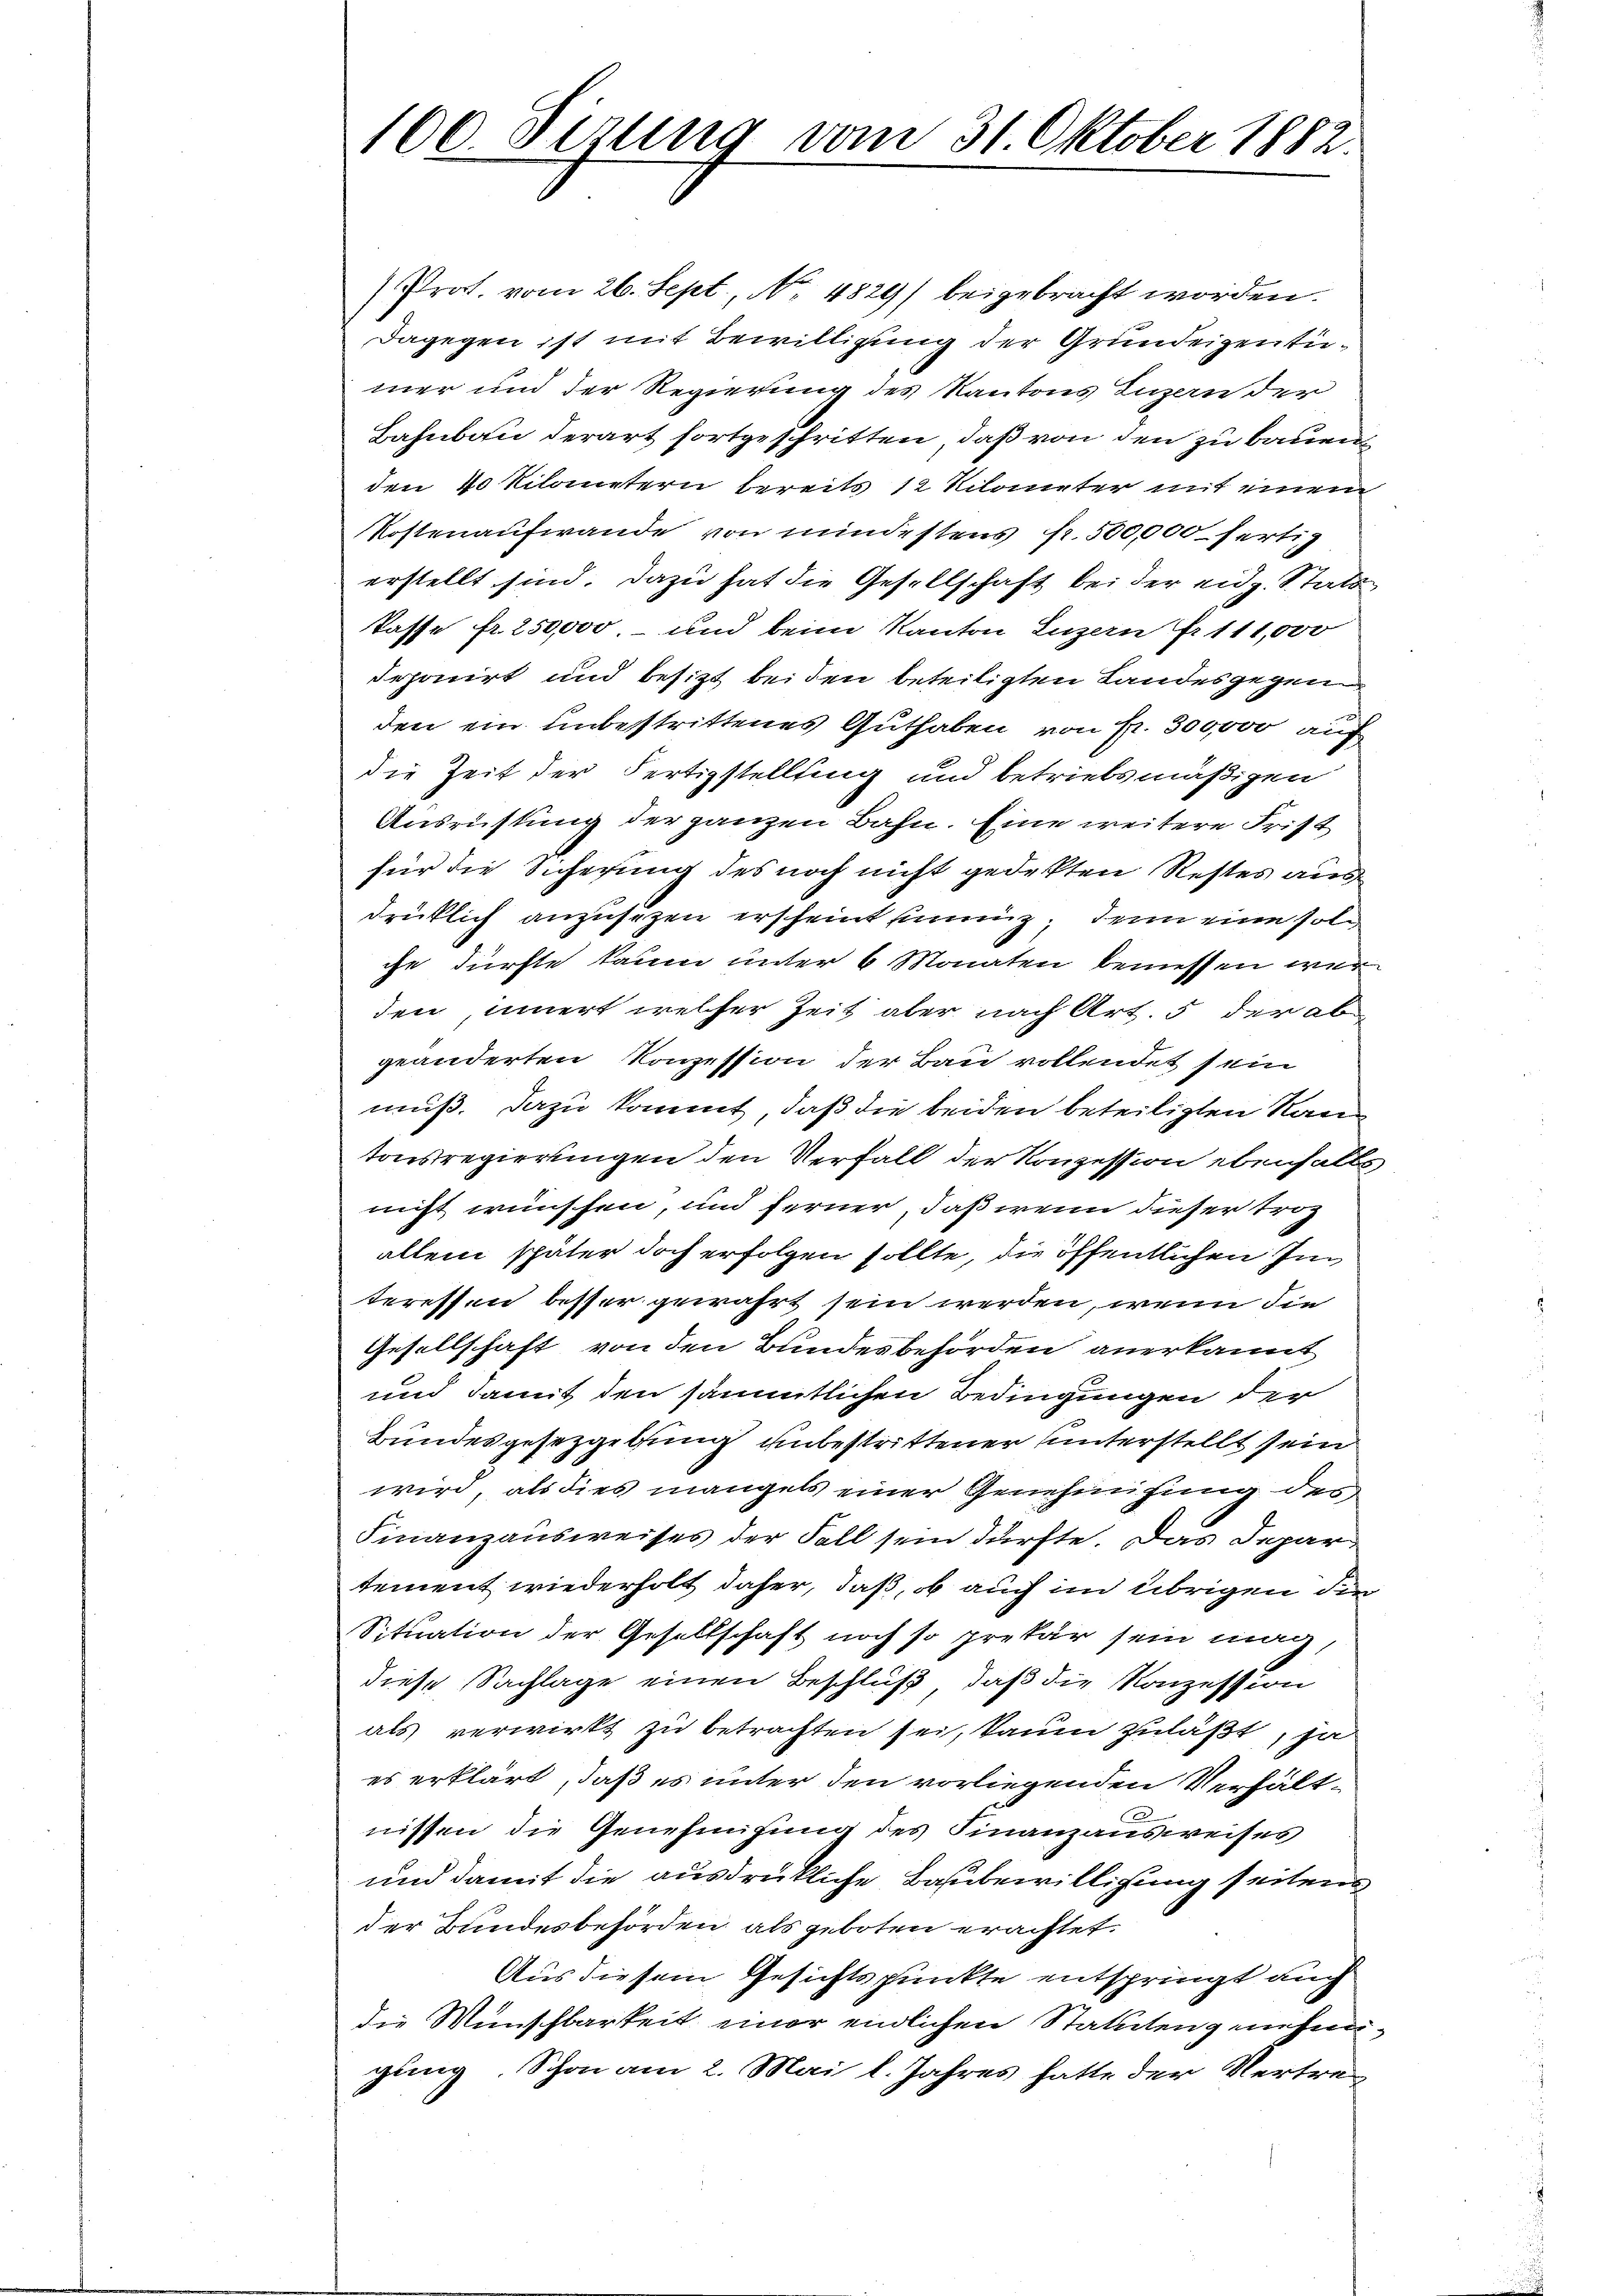
100. Dezung vom 31. Oktober 1882.

Prot. vom 26. Sept, No. 4829) beigebracht worden.
Dagegen ist mit Bewilligung der Grundeigentumer und der Regierung des Kantons Luzern der
Bahnbau derart fortgeschritten, daß von den zu bauen
den 40 Kilometern bereits 12 Kilometer mit einem
Kostenaufwande von mindestens p. 500,000. fertig
erstellt sind. Dazu hat die Gesellschaft bei der eidg. Stats
kasse fr. 250,000, – und beim Kanton Luzern Fr. 111,000
deponirt und besitzt bei den beteiligten Landesgegenden ein unbestrittenes Guthaben von Fr. 300000 auch
die Zeit der Fertigstellung und betriebsmäßigen
Ausrüstung der ganzen Bahn. Eine weitere Frist
für die Sicherung des noch nicht gedekten Restes aus
drüklich anzusetzen erscheint sinnig, denn eine solche dürfte kaum unter 6 Monaten bemessen war
den, innert welcher Zeit aber nach Art. 5 der abgeänderten Konzession der Bau vollendet sein
muß. Dazu kommt, daß die beiden beteiligten Ran
tonsregierungen den Verfall der Konzession ebenfalle
nicht wünschen, und ferner, daß wenn dieser Trog
allein später doch erfolgen sollte, die öffentlichen In
teressen besser gewährt sein werden, wenn die
Gesellschaft von den Bundesbehörden anerkannt
und damit den sämmtlichen Bedingungen der
Bundesgesetzgebung unbestrittener unterstellt sein
wird, als dies mangels einer Genehmigung des
Finanzausweises der Fall sein dürfte. Das Departement wiederholt daher, daß, ob auch im übrigen die
Situation der Gesellschaft noch so prekär sein mag,
diese Sachlage einen Beschluß, daß die Konzession
als verwirkt zu betrachten sei, kaum zuläßt, ja
es erklärt, daß es unter den vorliegenden Verhältnissen die Genehmigung des Finanzausweises
und damit die ausdrükliche Baubewilligung seitend
der Bundesbehörden als geboten erachtet.
Aus diesem Gesichtspunkte entspringt auch
die Wünschbarkeit einer endlichen Statuten genehmigung. Schon am 2. Mai l. Jahres hatte der Vertre¬